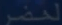
Transcribed